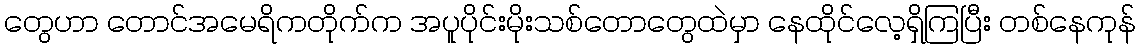
တွေဟာ တောင်အမေရိကတိုက်က အပူပိုင်းမိုးသစ်တောတွေထဲမှာ နေထိုင်လေ့ရှိကြပြီး တစ်နေကုန်